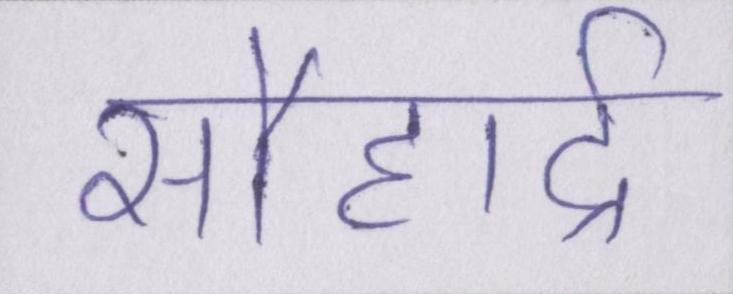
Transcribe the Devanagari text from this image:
सौहार्द्र